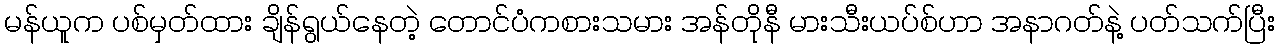
မန်ယူက ပစ်မှတ်ထား ချိန်ရွယ်နေတဲ့ တောင်ပံကစားသမား အန်တိုနီ မားသီးယပ်စ်ဟာ အနာဂတ်နဲ့ ပတ်သက်ပြီး